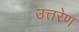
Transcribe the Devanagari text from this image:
उत्तरेण